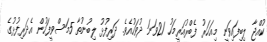
ކުއްޖާ ލިބިފައިވަނީ މިއަހަރު ފެބްރުއަރީމަހު 21ވަނަ ދުވަހުއެވެ. ދަރިފުޅު ލިބުނުތާ 5މަސްވީފަހުން އެދަރިފުޅުގެ